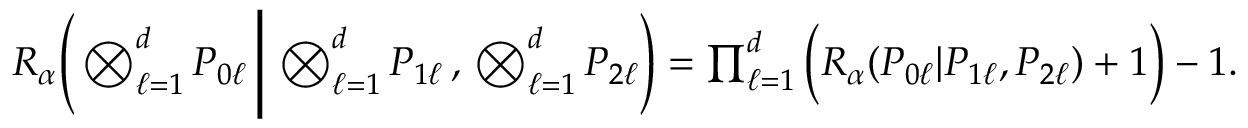
\begin{array} { r } { { R _ { \alpha } \Bigg ( \bigotimes _ { \ell = 1 } ^ { d } P _ { 0 \ell } \, \Bigg | \, \bigotimes _ { \ell = 1 } ^ { d } P _ { 1 \ell } \, , \, \bigotimes _ { \ell = 1 } ^ { d } P _ { 2 \ell } \Bigg ) } = \prod _ { \ell = 1 } ^ { d } \Big ( { R _ { \alpha } } ( P _ { 0 \ell } | P _ { 1 \ell } , P _ { 2 \ell } ) + 1 \Big ) - 1 . } \end{array}